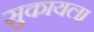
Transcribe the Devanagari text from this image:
सुकायला